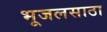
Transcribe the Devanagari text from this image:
भूजलसाठा